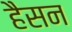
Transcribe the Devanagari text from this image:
हैसन